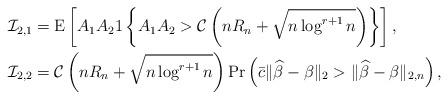
LaTeX: \begin{align*}& \mathcal{I}_{2,1}={\mathrm{E}}\left[ A_{1}A_{2}1\left \{ A_{1}A_{2}>\mathcal{C}\left( nR_{n}+\sqrt{n\log ^{r+1}n}\right) \right \} \right] , \\& \mathcal{I}_{2,2}=\mathcal{C}\left( nR_{n}+\sqrt{n\log ^{r+1}n}\right) \Pr \left(\bar c \Vert \widehat{\beta }-\beta \Vert _{2}>\Vert \widehat{\beta }-\beta \Vert _{2,n}\right) ,\end{align*}